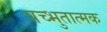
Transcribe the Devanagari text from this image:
पच्भुतात्मक